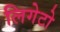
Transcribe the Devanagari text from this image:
लिगेटो